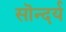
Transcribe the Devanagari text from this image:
सॊन्दर्य